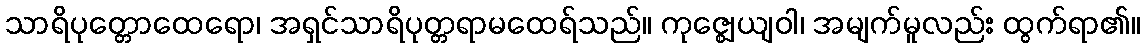
သာရိပုတ္တောထေရော၊ အရှင်သာရိပုတ္တရာမထေရ်သည်။ ကုဇ္ဈေယျဝါ၊ အမျက်မူလည်း ထွက်ရာ၏။